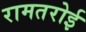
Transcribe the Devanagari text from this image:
रामतरोई